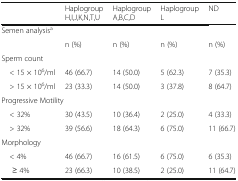
<table><thead><tr><td></td><td><b>HaplogroupH,I,J,K,N,T,U</b></td><td><b>HaplogroupA,B,C,D</b></td><td><b>HaplogroupL</b></td><td><b>ND</b></td></tr></thead><tbody><tr><td colspan="5">Semen analysis<sup>a</sup></td></tr><tr><td></td><td>n (%)</td><td>n (%)</td><td>n (%)</td><td>n (%)</td></tr><tr><td colspan="5">Sperm count</td></tr><tr><td> &lt; 15 × 10<sup>6</sup>/ml</td><td>46 (66.7)</td><td>14 (50.0)</td><td>5 (62.3)</td><td>7 (35.3)</td></tr><tr><td> &gt; 15 × 10<sup>6</sup>/ml</td><td>23 (33.3)</td><td>14 (50.0)</td><td>3 (37.8)</td><td>8 (64.7)</td></tr><tr><td colspan="5">Progressive Motility</td></tr><tr><td> &lt; 32%</td><td>30 (43.5)</td><td>10 (36.4)</td><td>2 (25.0)</td><td>4 (33.3)</td></tr><tr><td> &gt; 32%</td><td>39 (56.6)</td><td>18 (64.3)</td><td>6 (75.0)</td><td>11 (66.7)</td></tr><tr><td colspan="5">Morphology</td></tr><tr><td> &lt; 4%</td><td>46 (66.7)</td><td>16 (61.5)</td><td>6 (75.0)</td><td>6 (35.3)</td></tr><tr><td>≥ 4%</td><td>23 (66.3)</td><td>10 (38.5)</td><td>2 (25.0)</td><td>11 (64.7)</td></tr></tbody></table>